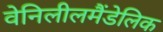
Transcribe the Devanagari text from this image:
वेनिलीलमैंडेलिक